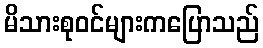
မိသားစုဝင်များကပြောသည်